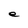
Character: e